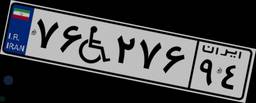
۱۵W۸۷۱۷۱